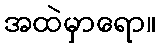
အထဲမှာရော။